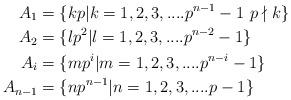
LaTeX: \begin{align*} A_{1} &=\{kp|k= 1,2,3,....p^{n-1}-1\, \, p\nmid k\} \\ A_{2} &=\{lp^2|l =1,2,3,....p^{n-2}-1\}\\ A_{i} &=\{mp^i|m =1,2,3,....p^{n-i}-1\}\\ A_{n-1} &=\{np^{n-1}|n =1,2,3,....p-1\} \end{align*}